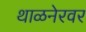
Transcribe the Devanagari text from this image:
थाळनेरवर